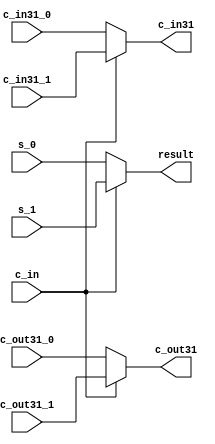



module Mux_36to18(s_0, s_1, c_out31_0, c_out31_1, c_in31_0, c_in31_1, c_in, result, c_out31, c_in31);
	input [15:0] s_0, s_1;
	input c_out31_0, c_out31_1, c_in31_0, c_in31_1, c_in;
	
	output [15:0] result;
	output c_out31, c_in31;
	
	assign result = c_in ? s_1 : s_0;
	assign c_out31 = c_in ? c_out31_1 : c_out31_0;
	assign c_in31 = c_in ? c_in31_1 : c_in31_0;

endmodule